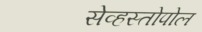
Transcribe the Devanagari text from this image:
सेव्हस्तोपोल